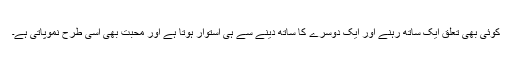
کوئی بھی تعلق ایک ساتھ رہنے اور ایک دوسرے کا ساتھ دینے سے ہی استوار ہوتا ہے اور محبت بھی اسی طرح نموپاتی ہے۔